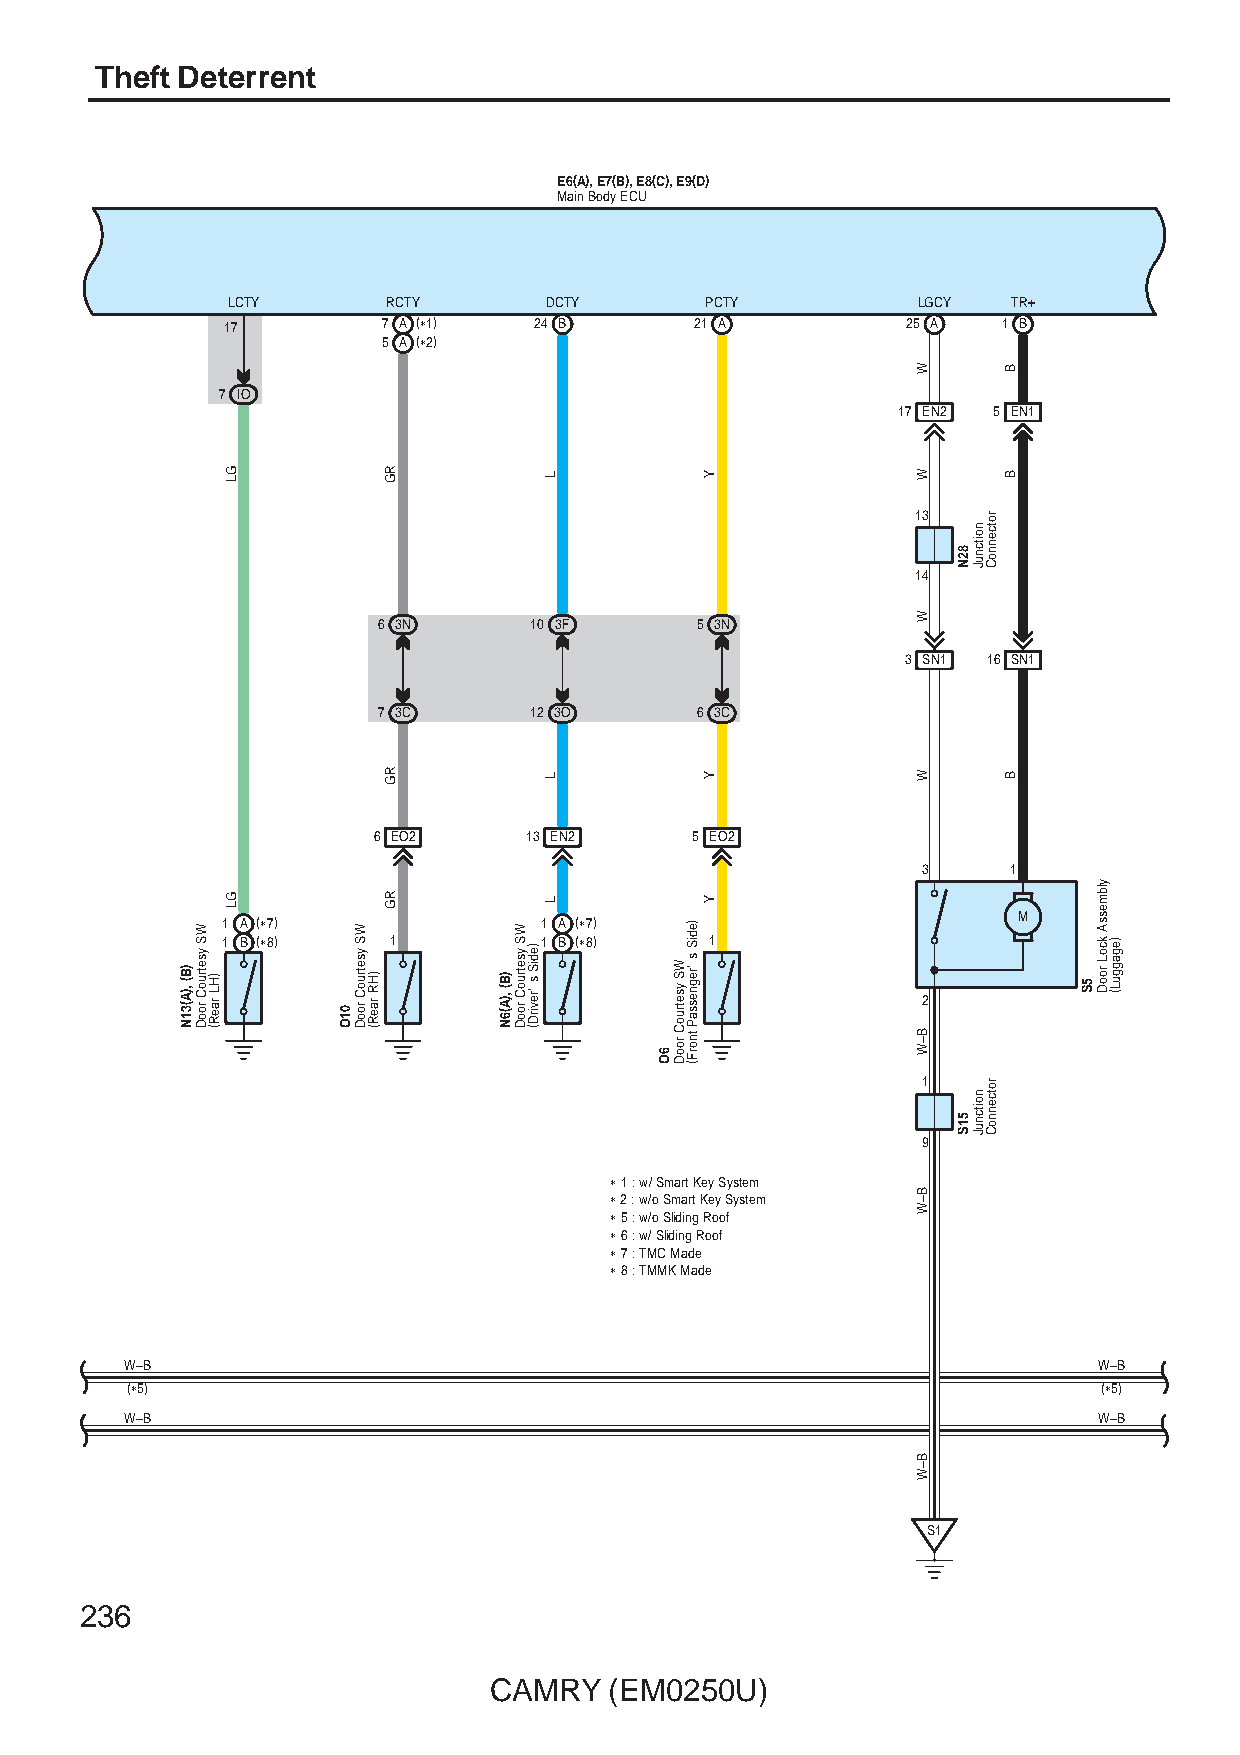
Theft Deterrent
 E6(A), E7(B), E8(C), E9(D)
 Main Body ECU
 LCTY       RCTY      DCTY       PCTY          LGCY  TR+
 17        7 A (∗1)  24 B       21 A          25 A  1 B
 5 A (∗2)
 7 IO
 17 EN2 5 EN1
 13
 14
 6 3N      10 3F      5 3N
 3 SN1 16 SN1
 7 3C      12 3O      6 3C
 6 EO2     13 EN2     5 EO2
 3     1
 1 A (∗7)             1 A (∗7)                       M
 1 B (∗8)   1         1 B (∗8)   1
 2
 1
 9
 ∗ 1 : w/ Smart Key System
 ∗ 2 : w/o Smart Key System
 ∗ 5 : w/o Sliding Roof
 ∗ 6 : w/ Sliding Roof
 ∗ 7 : TMC Made
 ∗ 8 : TMMK Made
 W–B                                                              W–B
 (∗5)                                                             (∗5)
 W–B                                                              W–B
 S1
 236
 CAMRY   (EM0250U)
 )B( ,)A(31N
 WS
 ysetruoC
 rooD )HL raeR(
 GL
 GL
 01O
 WS
 ysetruoC
 rooD )HR raeR(
 RG
 RG
 RG
 )B( ,)A(6N
 WS
 ysetruoC
 rooD
 )ediS
 s 'revirD(
 L
 L
 L
 6O
 WS ysetruoC
 rooD
 )ediS
 s
 'regnessaP
 tnorF(
 Y
 Y
 Y
 W
 W
 W
 W
 B–W
 B–W
 B–W
 82N
 51S
 noitcnuJ
 noitcnuJ
 rotcennoC
 rotcennoC
 B
 B
 B
 5S
 ylbmessA
 kcoL
 rooD
 )egagguL(